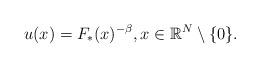
LaTeX: \begin{align*}u(x)=F_*(x)^{-\beta},x\in\mathbb{R}^N\setminus\{0\}.\end{align*}